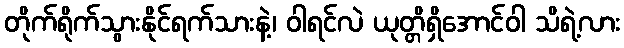
တိုက်ရိုက်သွားနိုင်ရက်သားနဲ့၊ ဝါရင်လဲ ယုတ္တိရှိအောင်ဝါ သိရဲ့လား